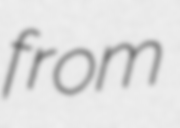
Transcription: from